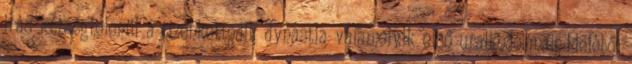
irás kétségtelenül a tizenkettedik dynastia valamelyik első uralkodójának idejéből